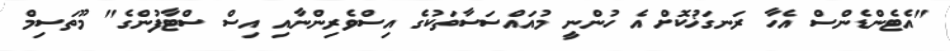
"އެޓެންޑެންސް އެހާ ރަނގަޚުކޮށް އެ ހުންނީ މުއައްސަސާތަކުގެ އިސްވެރިންނާއި އިސް ސްޓާފުންގެ" މޫތަސިމް